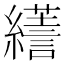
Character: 𦆶